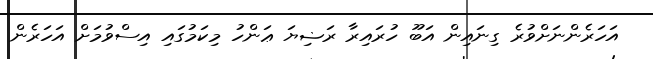
އަހަރެންނަށްވުރެ ގިނައިން އަބޫ ހުރައިރާ ރަޟިޔަ ޢަންހު މިކަމުގައި އިސްވުމަށް އަހަރެން